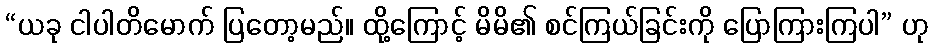
“ယခု ငါပါတိမောက် ပြတော့မည်။ ထို့ကြောင့် မိမိ၏ စင်ကြယ်ခြင်းကို ပြောကြားကြပါ” ဟု